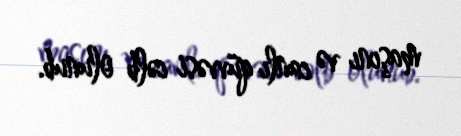
maşını və canlı qüvvəsi cəlb olunub.